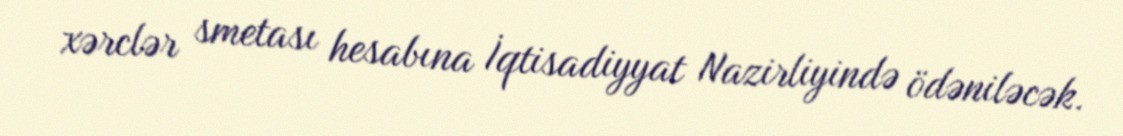
xərclər smetası hesabına İqtisadiyyat Nazirliyində ödəniləcək.